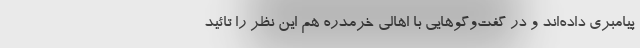
پیامبری داده‌اند و در گفت‌وگوهایی با اهالی خرمدره هم این نظر را تائید